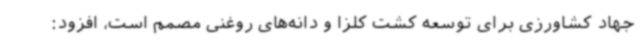
جهاد کشاورزی برای توسعه کشت کلزا و دانه‌های روغنی مصمم است، افزود: